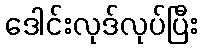
ဒေါင်းလုဒ်လုပ်ပြီး